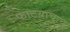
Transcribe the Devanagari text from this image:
फाटय़ाचाच